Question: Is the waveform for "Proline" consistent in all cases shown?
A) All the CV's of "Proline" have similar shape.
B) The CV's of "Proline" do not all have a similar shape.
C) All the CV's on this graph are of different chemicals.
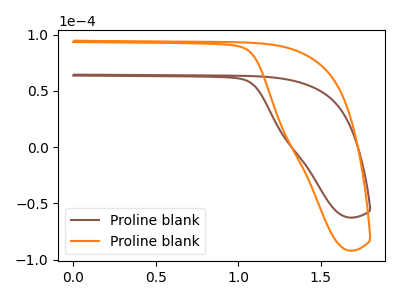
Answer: <think>The brown curve "Proline blank1" has no peaks. The orange curve "Proline blank2" has no peaks.
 Neither "Proline blank1" or "Proline blank2" have any peaks.</think>
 <answer>A) All the CV's of "Proline" have similar shape.</answer>
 <eval>A</eval>